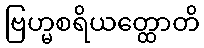
ဗြဟ္မစရိယတ္ထောတိ